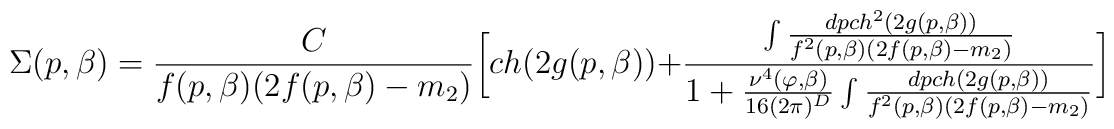
\Sigma(p,\beta)={\frac {C}{f(p,\beta)(2f(p,\beta)-m_2)}}\biggl[ch(2g(p,\beta))+{\frac {\int     {\frac {dp ch^2(2g(p,\beta))}{f^2(p,\beta)(2f(p,\beta)-m_2)}}}{1+{\frac {\nu^{4}(\varphi,\beta)}{16(2\pi)^D}}\int {\frac {dp ch(2g(p,\beta))}{f^2(p,\beta)(2f(p,\beta)-m_2)}}}}\biggr]